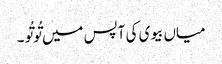
میاں بیوی کی آپس میں تُوتُو ۔